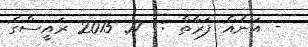
- އަނެއް ފަރާތް :  17